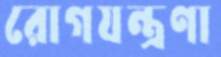
রোগযন্ত্রণা